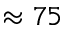
\approx 7 5